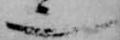
也